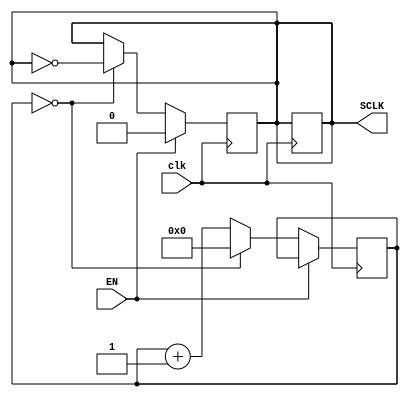
`timescale 1ns / 1ps

module Frequency_Divider #(parameter [3:0] clockPrescaler = 4'b0010)
(
    input clk,
    input EN,
    output reg SCLK
);

reg [3:0] counter;
reg flag;

initial begin
counter = 4'b0000;
SCLK = 0;
end

always@(posedge clk)
begin
    if (EN == 1'b1)
        SCLK <= 0;
        
    else if (clockPrescaler == 4'b0001)
        begin
            SCLK <= 1;
        end
    else if (counter == (clockPrescaler/2)-1)
        begin
        SCLK <= ~ SCLK;
        counter <= 0;
        end
    else
        begin
        counter = counter + 1;
        end
end

always@(negedge clk)
begin
    if (clockPrescaler == 4'b0001)
        SCLK <= 0;
    else
        SCLK <= SCLK;
end
endmodule